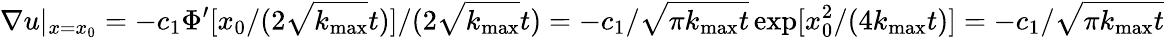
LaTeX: \nabla u|_{x=x_{0}}=-c_{1}\Phi^{\prime}[x_{0}/(2\sqrt{k_{\operatorname*{max}}}t)]/(2\sqrt{k_{\operatorname*{max}}}t)=-c_{1}/\sqrt{\pi k_{\operatorname*{max}}t}\exp[x_{0}^{2}/(4k_{\operatorname*{max}}t)]=-c_{1}/\sqrt{\pi k_{\operatorname*{max}}t}